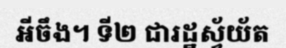
អីចឹង។ ទី២ ជារដ្ឋស្វ័យ័ត